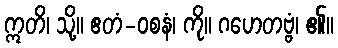
ဣတိ၊ သို့။ ဧတံ-ဝစနံ၊ ကို။ ဂဟေတဗ္ဗံ၊ ၏။